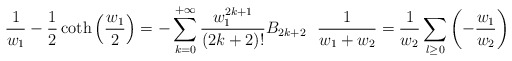
\begin{align*}\frac{1}{w_{1}}-\frac{1}{2}\coth\left(\frac{w_{1}}{2}\right)= -\sum_{k = 0}^{+ \infty} \frac{w_{1}^{2k+1}}{\left(2k+2\right)!}B_{2k+2}\thinspace \thinspace \thinspace \thinspace\frac{1}{w_1+w_2}= \frac{1}{w_2}\sum_{l \ge 0} \left(- \frac{w_1}{w_2}\right)\end{align*}